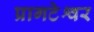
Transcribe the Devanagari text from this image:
प्रागटेश्वर